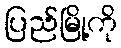
ပြည်မြို့ကို